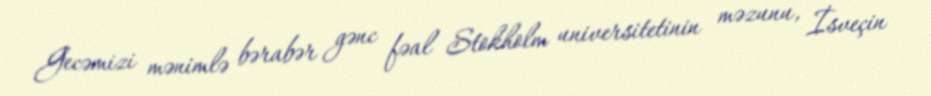
Gecəmizi mənimlə bərabər gənc fəal Stokholm universitetinin məzunu, İsveçin